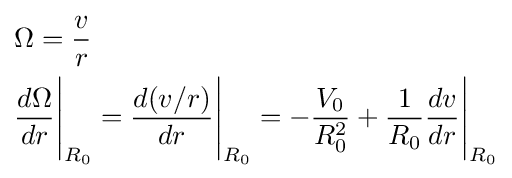
{\begin{aligned}&\Omega ={\frac {v}{r}}\\&{\frac {d\Omega }{dr}}{\Bigg \vert }_{R_{0}}={\frac {d(v/r)}{dr}}{\Bigg \vert }_{R_{0}}=-{\frac {V_{0}}{R_{0}^{2}}}+{\frac {1}{R_{0}}}{\frac {dv}{dr}}{\Bigg \vert }_{R_{0}}\\\end{aligned}}